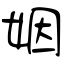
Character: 姻